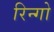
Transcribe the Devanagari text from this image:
रिन्गो